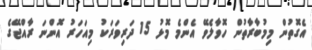
އެގޮތުން މިމުބާރާތުން ހޮވާލެވޭ އެންމެ މޮޅު 15 ދަރިވަރަކު މިއަހަރު އޮންނަ ރާއްޖޭގެ